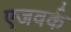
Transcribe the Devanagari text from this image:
एजवर्क